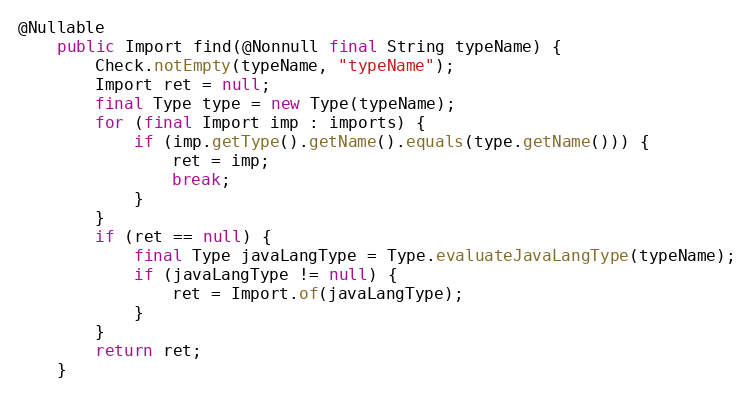
Language: Java
@Nullable
	public Import find(@Nonnull final String typeName) {
		Check.notEmpty(typeName, "typeName");
		Import ret = null;
		final Type type = new Type(typeName);
		for (final Import imp : imports) {
			if (imp.getType().getName().equals(type.getName())) {
				ret = imp;
				break;
			}
		}
		if (ret == null) {
			final Type javaLangType = Type.evaluateJavaLangType(typeName);
			if (javaLangType != null) {
				ret = Import.of(javaLangType);
			}
		}
		return ret;
	}